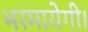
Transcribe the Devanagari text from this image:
भरमायेगी।